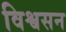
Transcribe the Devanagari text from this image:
विश्वसन